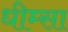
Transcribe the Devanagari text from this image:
धीम्सा